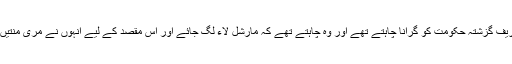
چوہدری غلام حسین نے دعویٰ کیا ہے کہ نواز شریف گزشتہ حکومت کو گرانا چاہتے تھے اور وہ چاہتے تھے کہ مارشل لاء لگ جائے اور اس مقصد کے لیے انہوں نے مری منتیں بھی کیں اور کہا کہ ملک میں مارشل لاء لگوا دو۔